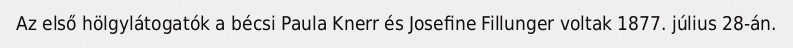
Az első hölgylátogatók a bécsi Paula Knerr és Josefine Fillunger voltak 1877. július 28-án.